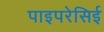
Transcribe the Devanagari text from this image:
पाइपरेसिई